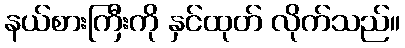
နယ်စားကြီးကို နှင်ထုတ် လိုက်သည်။